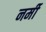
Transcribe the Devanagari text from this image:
नर्मी